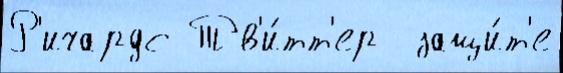
Р'ичардс Тв'и́тт'ер  защи́т'е